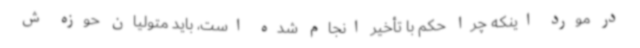
در مورد اینکه چرا حکم با تأخیر انجام شده است، باید متولیان حوزه ش